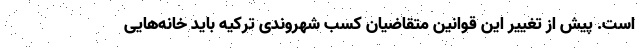
است. پیش از تغییر این قوانین متقاضیان کسب شهروندی ترکیه باید خانه‌هایی